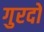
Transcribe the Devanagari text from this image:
गुरदों